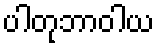
ပါတုဘာဝါယ